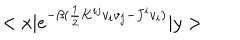
< x | e ^ { - \beta ( \frac { 1 } { 2 } K ^ { i j } v _ { i } v _ { j } - J ^ { i } v _ { i } ) } | y >